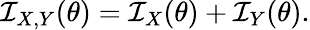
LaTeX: {\mathcal{I}}_{X,Y}(\theta)={\mathcal{I}}_{X}(\theta)+{\mathcal{I}}_{Y}(\theta).